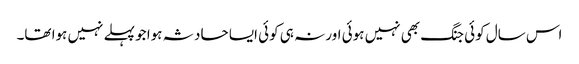
اس سال کوئی جنگ بھی نہیں ہوئی اور نہ ہی کوئی ایسا حادثہ ہوا جو پہلے نہیں ہوا تھا۔